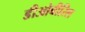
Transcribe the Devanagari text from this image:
डीओबीरिल